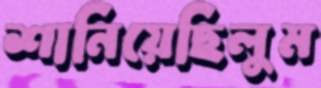
শানিয়েছিলুম